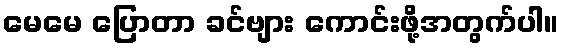
မေမေ ပြောတာ ခင်ဗျား ကောင်းဖို့အတွက်ပါ။